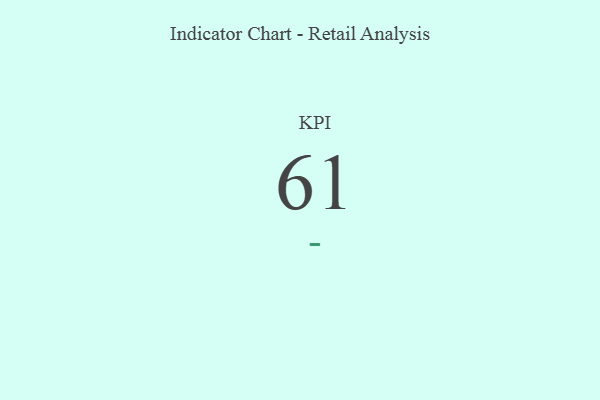
{"axis": {"x": "KPI", "y": "Value"}, "legend": [""], "data": [{"x": "KPI", "y": 61, "type": ""}]}